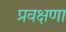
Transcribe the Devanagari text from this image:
प्रवक्षणा